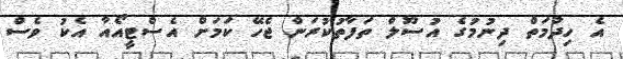
އެ ހިދުމަތް ދިނުމުގެ އުސޫލް ތަފާތުކުރަން ޖެހޭ ކަމަށް އެސްޓީއޯއާ އެކު ވެސް